Annual report of the Punjab Veterinary College and of the Civil Veterinary Department, Punjab - 1909-1919
Year: 1909
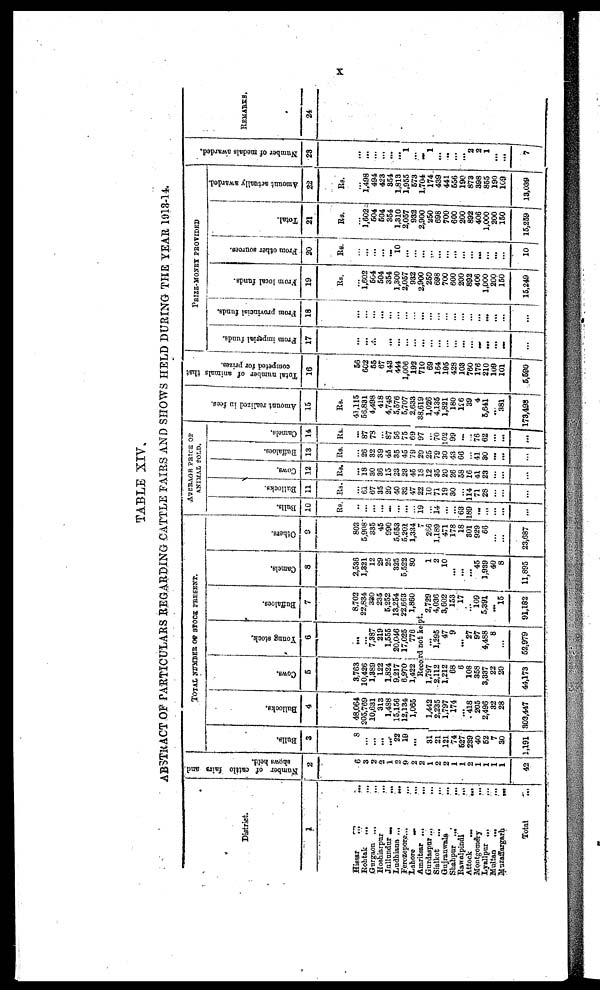
x
TABLE XIV.
ABSTRACT OF PARTICULARS REGARDING CATTLE FAIRS AND SHOWS HELD DURING THE YEAR 1913-14.
District.
1
Hissar
...
...
Rohtak
... ...
Gurgaon ...
...
Hoshiarpur
...
...
Jullundur
...
...
Ludhiann
...
...
Ferozepore...
...
Lahore
...
...
Amritsar ...
...
Gurdaspur...
...
Sialkot ... ...
Gujranwala
... ...
Shahpur ... ...
Rawalpindi
...
...
Attock
...
...
Montgomery
...
...
Lyallpur
...
...
Multan
...
...
Muzaffargarh
...
...
Total...
Number
of cattle fairs and
shows hold.
2
6
3
2
2
1
2
9
2
2
1
2
2
1
1
2
1
1
1
1
42
TOTAL NUMBER OF STOCK PRESENT.
Bulls.
3
8
...
...
...
... 22
19
...
...
31
21
121
74
527
239
40
52
7
30
1,191
Bullocks.
4
48,064
205,769
10,631
313
1,488
15,156
12,134
1,065
...
1,442
2,235
1,797
174
...... 418
205
2,496
32
28
803,447
Cows.
5
3,763
10,426
1,389
122
1,824
9,217
6,970
1,422
Young stock.
6
...
...
7,387
219
1,555
20,046
17,025
776
Buffaloes.
7
8,702
22,834
380
235
5,252
13,254
22,663
1,860
Record not kept.
1,797
2,112
1,212
68
6
108
358
3,337
22
20
44,173
...
1,295
47
9
...... 27
97
4,488
8
...
52,979
2,729
4,036
3,602
153
17
...
109
5,391
... 15
91,182
Camels.
8
2,536
1,321
12
29
25
325
5,522
80
1
2
10
...
...
...
45
1,939
40
8
11,895
Others.
9
803
5,908
335
45
990
5,653
5,201
1,334
7
266
1,189
471
178
18
301
929
66
...
...
23,687
AVERAGE PRICE OF
ANIMAL SOLD.
Bulls.
10
Rs.
...
...
...
...
...
...
...
...
19
...
14
...
...
63
189
...
...
...
...
Bullocks.
11
Rs.
...
61
67
35
20
40
32
47
22
10
71
19
30
...
114
71
28
...
...
...
Cows.
12
Rs.
...
18
30
36
15
23
23
45
18
12
35
20
26
58
16
41
23
...
...
...
Buffaloes.
13
Rs.
...
26
32
39
45
35
45
79
29
25
79
30
43
66
... 41
30
...
...
...
Camals.
14
Rs.
...
87
78
... 87
56
75
69
97
...
70
102
99
......
...
76
62
...
...
...
Amo u n t realized in fees.
15
Rs.
41,115
56,831
4,498
418
4,748
5,576
5,707
2,633
38,619
1,026
4,135
1,821
180
126
39
4
5,641
... 381
173,498
Total number of animals that
competed for prizes.
16
56
602
55
67
143
444
1,006
192
710
69
164
195
428
103
760
176
210
109
101
5,590
PRIZE-MONEY PROVIDED
From
imperial funds.
17
...
...
...
...
...
...
...
...
...
...
...
...
...
...
...
...
... ...
...
...
From provincial funds.
18
...
...
...
...
...
...
...
...
...
...
...
...
...
...
...
...
...
...
...
...
From
local funds.
19
Rs.
...
1,602
504
504
354
1,300
2,057
932
2,900
250
698
700
600
200
892
406
1,000
200
150
15,249
From other sources.
20
Rs.
...
...
...
...
...
10
...
...
...
...
...
...
...
...
...
...
...
...
...
10
Total.
21
Rs.
......
1,602
504
504
354
1,310
2,057
932
2,900
250
698
700
600
200
892
406
1,000
200
150
15,259
Amount actually awarded.
22
Rs.
...
1,498
494
423
354
1,813
1,955
573
1,704
174
439
441
556
190
873
398
855
190
109
13,039
Number of medals awarded.
23
...
...
...
...
...
...
1
...
...
1
...
...
...
...
2
2
1
...
...
7
REMARKS.
24